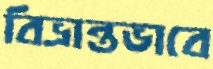
বিভ্রান্তভাবে